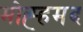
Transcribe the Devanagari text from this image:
मोह्हमद